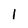
Character: 1